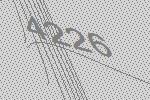
4226